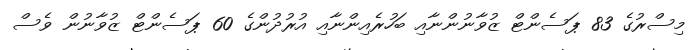
މިސްރުގެ 83 ޕަސެންޓް ޒުވާނުންނާއި ބަހުރެއިންނާއި އުރުދުންގެ 60 ޕަސެންޓް ޒުވާނުން ވެސް